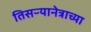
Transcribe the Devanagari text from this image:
तिसऱ्यानेत्राच्या